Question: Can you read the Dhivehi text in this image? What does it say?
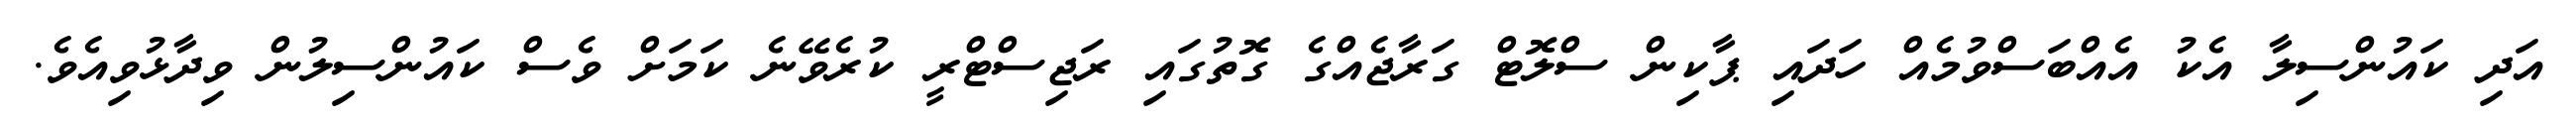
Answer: އަދި ކައުންސިލާ އެކު އެއްބަސްވުމެއް ހަދައި ޕާކިން ސްލޮޓް ގަރާޖެއްގެ ގޮތުގައި ރަޖިސްޓްރީ ކުރެވޭނެ ކަމަށް ވެސް ކައުންސިލުން ވިދާޅުވިއެވެ.